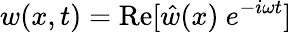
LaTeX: w(x,t)={\mathrm{Re}}[{\hat{w}}(x)~e^{-i\omega t}]